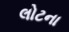
લોટના